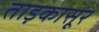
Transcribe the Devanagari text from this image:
ताड़कासूर